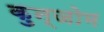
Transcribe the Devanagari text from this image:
कुन्जोम